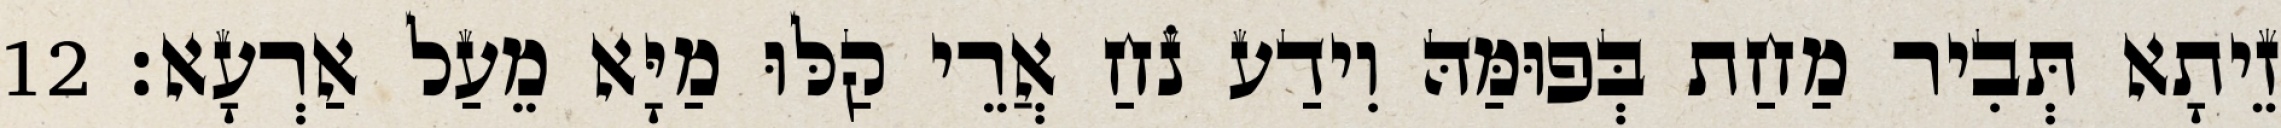
זֵיתָא תְּבִיר מַחַת בְּפוּמַּהּ וִידַע נֹחַ אֲרֵי קַלּוּ מַיָּא מֵעַל אַרְעָא׃ 12